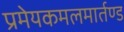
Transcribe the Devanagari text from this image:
प्रमेयकमलमार्तण्ड